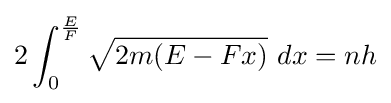
2\int _{0}^{\frac {E}{F}}{\sqrt {2m(E-Fx)}}\ dx=nh